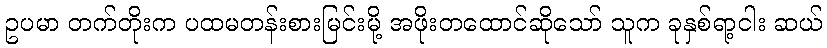
ဥပမာ တက်တိုးက ပထမတန်းစားမြင်းမို့ အဖိုးတထောင်ဆိုသော် သူက ခုနှစ်ရာ့ငါး ဆယ်